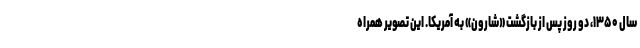
سال ۱۳۵۰، دو روز پس از بازگشت «شارون» به آمریکا. این تصویر همراه